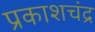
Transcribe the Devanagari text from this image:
प्रकाशचंद्र